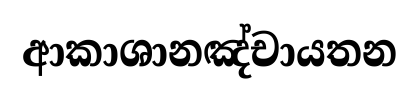
ආකාශානඤ්චායතන